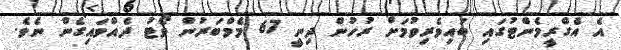
އެ އެގްރީމެންޓުގައި ބައިވެރިވުމަށް ރުހުން ދިނީ 67 މެމްބަރުން ވޯޓު ދެއްވައިގެން ނެވެ.